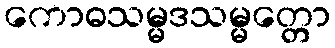
ကောဓသမ္မဒသမ္မတ္တော